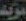
يريد